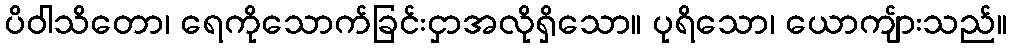
ပိဝါသိတော၊ ရေကိုသောက်ခြင်းငှာအလိုရှိသော။ ပုရိသော၊ ယောကျ်ားသည်။